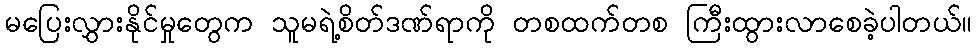
မပြေးလွှားနိုင်မှုတွေက သူမရဲ့စိတ်ဒဏ်ရာကို တစထက်တစ ကြီးထွားလာစေခဲ့ပါတယ်။